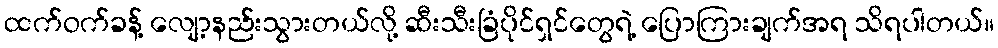
ထက်ဝက်ခန့် လျော့နည်းသွားတယ်လို့ ဆီးသီးခြံပိုင်ရှင်တွေရဲ့ ပြောကြားချက်အရ သိရပါတယ်။